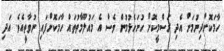
ހާމަކޮށްދިނުމަށް އެދި ރަސްމީކޮށް ހުށަހެޅުމުން ވެސް އެ މައުލޫމާތުތައް ހާމަކޮށްފައި ނުވާތީއެވެ. އަދި